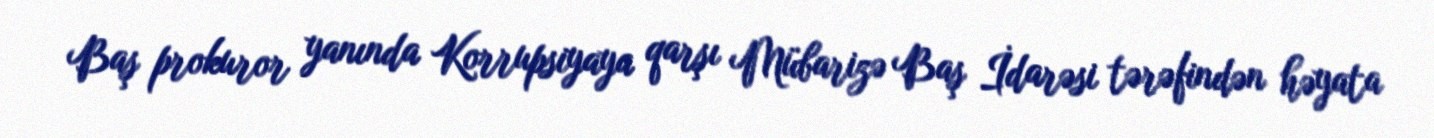
Baş prokuror yanında Korrupsiyaya qarşı Mübarizə Baş İdarəsi tərəfindən həyata